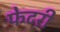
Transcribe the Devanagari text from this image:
फेटरी